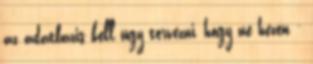
az adatbazis kell ugy tervezni, hogy ne hezen -